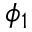
\phi _ { 1 }